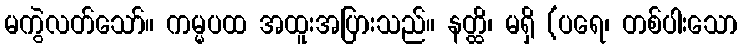
မကွဲလတ်သော်။ ကမ္မပထ အထူးအပြားသည်။ နတ္ထိ၊ မရှိ (ပရေ၊ တစ်ပါးသော